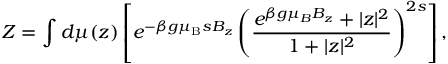
{ \cal Z } = \int d \mu ( z ) \left[ e ^ { - \beta g { \ensuremath { \mu _ { \mathrm { B } } } } s B _ { z } } \left( \frac { e ^ { \beta g \mu _ { B } B _ { z } } + | z | ^ { 2 } } { 1 + | z | ^ { 2 } } \right) ^ { 2 s } \right] ,